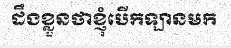
ដឹងខ្លួនថាខ្ញុំបើកឡានមក